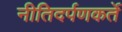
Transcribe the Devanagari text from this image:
नीतिदर्पणकर्ते